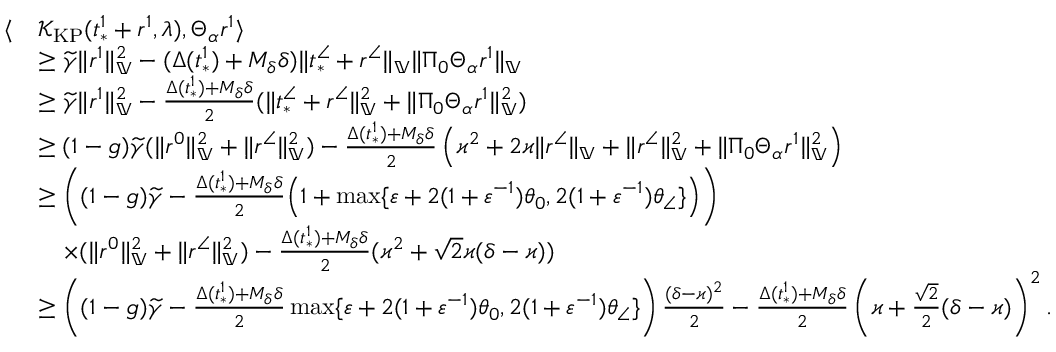
\begin{array} { r l } { \langle } & { \mathcal { K } _ { \mathrm { K P } } ( t _ { * } ^ { 1 } + r ^ { 1 } , \lambda ) , \Theta _ { \alpha } r ^ { 1 } \rangle } \\ & { \ge \widetilde { \gamma } \| r ^ { 1 } \| _ { \mathbb { V } } ^ { 2 } - ( \Delta ( t _ { * } ^ { 1 } ) + M _ { \delta } \delta ) \| t _ { * } ^ { \angle } + r ^ { \angle } \| _ { \mathbb { V } } \| \Pi _ { 0 } \Theta _ { \alpha } r ^ { 1 } \| _ { \mathbb { V } } } \\ & { \ge \widetilde { \gamma } \| r ^ { 1 } \| _ { \mathbb { V } } ^ { 2 } - \frac { \Delta ( t _ { * } ^ { 1 } ) + M _ { \delta } \delta } { 2 } ( \| t _ { * } ^ { \angle } + r ^ { \angle } \| _ { \mathbb { V } } ^ { 2 } + \| \Pi _ { 0 } \Theta _ { \alpha } r ^ { 1 } \| _ { \mathbb { V } } ^ { 2 } ) } \\ & { \ge ( 1 - g ) \widetilde { \gamma } ( \| r ^ { 0 } \| _ { \mathbb { V } } ^ { 2 } + \| r ^ { \angle } \| _ { \mathbb { V } } ^ { 2 } ) - \frac { \Delta ( t _ { * } ^ { 1 } ) + M _ { \delta } \delta } { 2 } \left( \varkappa ^ { 2 } + 2 \varkappa \| r ^ { \angle } \| _ { \mathbb { V } } + \| r ^ { \angle } \| _ { \mathbb { V } } ^ { 2 } + \| \Pi _ { 0 } \Theta _ { \alpha } r ^ { 1 } \| _ { \mathbb { V } } ^ { 2 } \right) } \\ & { \ge \left( ( 1 - g ) \widetilde { \gamma } - \frac { \Delta ( t _ { * } ^ { 1 } ) + M _ { \delta } \delta } { 2 } \Big ( 1 + \operatorname* { m a x } \{ \varepsilon + 2 ( 1 + \varepsilon ^ { - 1 } ) \theta _ { 0 } , 2 ( 1 + \varepsilon ^ { - 1 } ) \theta _ { \angle } \} \Big ) \right) } \\ & { \quad \times ( \| r ^ { 0 } \| _ { \mathbb { V } } ^ { 2 } + \| r ^ { \angle } \| _ { \mathbb { V } } ^ { 2 } ) - \frac { \Delta ( t _ { * } ^ { 1 } ) + M _ { \delta } \delta } { 2 } ( \varkappa ^ { 2 } + \sqrt { 2 } \varkappa ( \delta - \varkappa ) ) } \\ & { \ge \left( ( 1 - g ) \widetilde { \gamma } - \frac { \Delta ( t _ { * } ^ { 1 } ) + M _ { \delta } \delta } { 2 } \operatorname* { m a x } \{ \varepsilon + 2 ( 1 + \varepsilon ^ { - 1 } ) \theta _ { 0 } , 2 ( 1 + \varepsilon ^ { - 1 } ) \theta _ { \angle } \} \right) \frac { ( \delta - \varkappa ) ^ { 2 } } { 2 } - \frac { \Delta ( t _ { * } ^ { 1 } ) + M _ { \delta } \delta } { 2 } \left( \varkappa + \frac { \sqrt { 2 } } { 2 } ( \delta - \varkappa ) \right) ^ { 2 } . } \end{array}